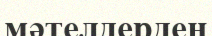
мәтелдерден